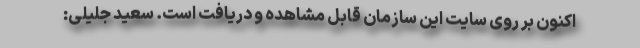
اکنون بر روی سایت این سازمان قابل مشاهده و دریافت است. سعید جلیلی: